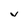
Character: V